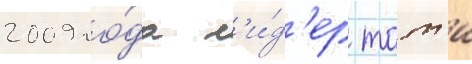
2009 го́да л'и́д'ер тот'и